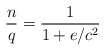
\begin{align*}\frac{n}{q}=\frac{1}{1+e/c^{2}}\end{align*}